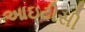
આઇટીસી